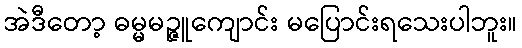
အဲဒီတော့ ဓမ္မမဉ္ဇူကျောင်း မပြောင်းရသေးပါဘူး။